Civil Veterinary Department. United Provinces 1932-42 - 1932-1942
Year: 1932
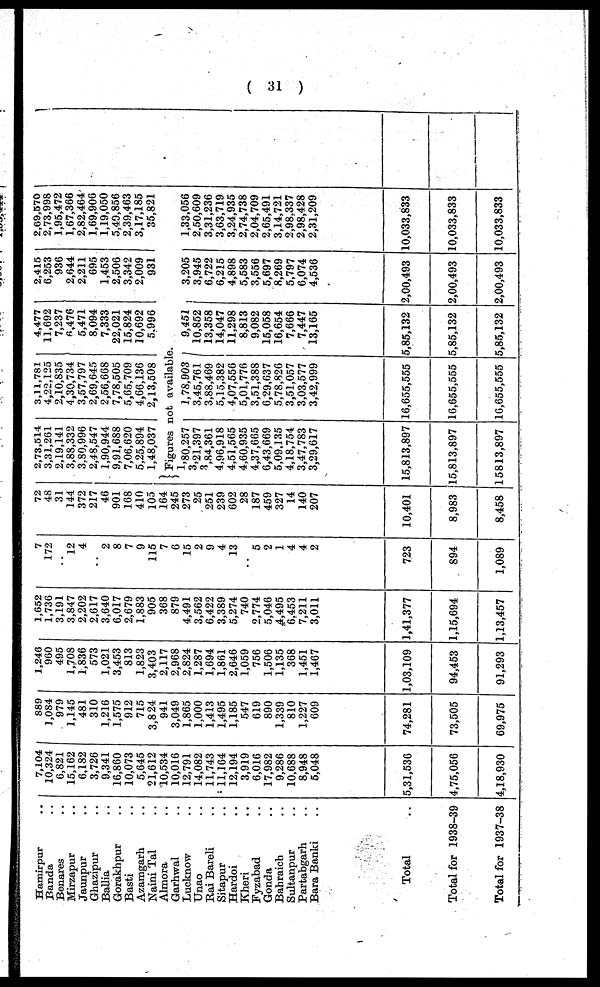
( 31 )
Hamirpur ..
Banda ..
Bonares ..
Mirzapur ..
Jaunpur ..
Ghazipur ..
Ballia ..
Gorakhpur ..
Basti ..
Azamgarh ..
Naini Tal ..
Almora ..
Garhwal ..
Lucknow ..
Unao ..
Rai Bareli ..
Sitapur ..
Hardoi ..
Kheri ..
Fyzabad ..
Gonda ..
Bahraich ..
Sultanpur ..
Partabgarh ..
Bara Banki ..
Total
Total for 1938-39
Total for 1937-38
7,104
10,324
6,821
15,162
6,182
3,726
9,341
16,860
10,073
5,645
21,612
10,534
10,016
12,791
14,082
11,743
11,164
12,194
3,919
6,016
17,982
9,286
10,688
8,948
5,048
5,31,536
4,75,056
4,18,930
889
1,084
979
1,145
481
310
1,216
1,575
912
715
3,824
941
3,049
1,865
1,000
1,413
1,495
1,185
547
619
890
1,339
810
1,227
609
74,281
73,505
69,975
1,240
960
495
1,708
1,836
573
1,021
3,453
813
1,823
3,403
2,117
2,968
2,824
1,287
1,694
1,861
2,646
1,059
756
1,506
1,135
368
1,451
1,467
1,03,109
94,453
91,293
1,652
1,736
3,191
3,847
2,202
2,617
3,640
6,017
2,679
1,883
905
368
879
4,491
3,562
6,422
3,389
5,274
740
2,774
5,046
4,495
6,453
7,211
3,011
1,41,377
1,15,694
1,13,457
7
172
..
12
4
..
2
8
7
9
115
7
6
15
2
9
4
13
..
5
2
1
4
4
2
723
894
1,089
72
48
31
144
372
217
46
901
168
410
105
164
245
273
25
251
239
602
28
187
459
327
14
140
207
10,401
8,983
8,458
2,73,514
3,31,261
2,19,141
3,88,332
3,80,996
2,48,547
1,90,944
9,91,688
7,06,620
5,25,894
1,48,037
3,11,781
4,22,125
2,10,835
4,30,734
3,57,797
2,69,645
2,56,668
7,78,505
5,65,709
4,66,136
2,13,508
4,477
11,692
7,237
6,476
5,471
8,094
7,333
22,021
15,824
10,692
5,996
Figures not available.
1,80,257
3,21,397
3,84,361
4,96,918
4,51,565
4,60,935
4,37,665
6,43,669
5,09,135
4,18,754
3,47,783
3,29,617
15,813,897
15,813,897
15813,897
1,78,903
3,45,761
3,88,469
5,15,382
4,07,556
5,01,776
3,51,388
6,29,637
5,78,826
3,51,057
3,03,577
3,42,999
16,655,555
16,655,555
16,655,555
9,451
10,852
13,358
14,047
11,298
8,813
9,082
15,058
16,654
7,666
7,447
13,165
5,85,132
5,85,132
5,85,132
2,415
6,253
936
2,644
2,211
695
1,453
2,506
3,342
2,009
931
3,205
3,945
6,722
6,215
4,898
5,583
3,556
5,697
8,269
5,797
6,074
4,536
2,00,493
2,00,493
2,00,493
2,09,570
2,73,998
1,95,472
1,67,366
2,82,464
1,69,906
1,19,050
5,49,856
2,39,463
3,17,185
35,821
1,33,056
2,50,609
3,31,236
3,63,719
3,24,935
2,74,738
2,04,709
2,65,491
3,14,721
2,98.337
2,98,428
2,31,209
10,033,833
10,033,833
10,033,833